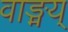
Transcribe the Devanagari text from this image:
वाङ्मय्